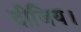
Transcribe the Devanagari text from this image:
दीजिय।